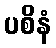
ပစိနံ